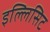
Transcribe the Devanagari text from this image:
इल्लिसिट